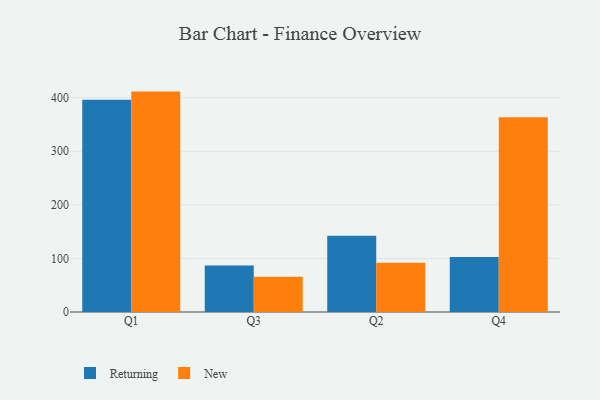
{"axis": {"x": "Quarter", "y": "Gross Profit (USD K)"}, "legend": ["New", "Returning"], "data": [{"x": "Q1", "y": 396.1, "type": "Returning"}, {"x": "Q1", "y": 411.3, "type": "New"}, {"x": "Q3", "y": 86.7, "type": "Returning"}, {"x": "Q3", "y": 65.9, "type": "New"}, {"x": "Q2", "y": 142.4, "type": "Returning"}, {"x": "Q2", "y": 92.0, "type": "New"}, {"x": "Q4", "y": 102.5, "type": "Returning"}, {"x": "Q4", "y": 363.6, "type": "New"}]}